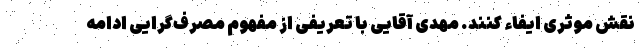
نقش موثری ایفاء کنند. مهدی آقایی با تعریفی از مفهوم مصرف‌گرایی ادامه